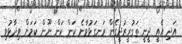
އަދި އެއީ ދީނީ ތަގުރީރުދީގެން ރަނގަޅުވާނެ ކަން ކަން ނޫން ކަމަށް ވިދާޅުވި